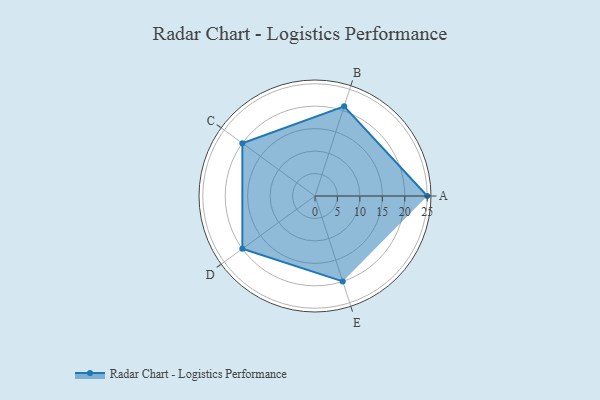
{"axis": {"x": "Skill", "y": "Score"}, "legend": ["Profile"], "data": [{"x": "A", "y": 25.0, "type": "Profile"}, {"x": "B", "y": 21.0, "type": "Profile"}, {"x": "C", "y": 20.0, "type": "Profile"}, {"x": "D", "y": 20, "type": "Profile"}, {"x": "E", "y": 20, "type": "Profile"}]}